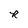
Character: R